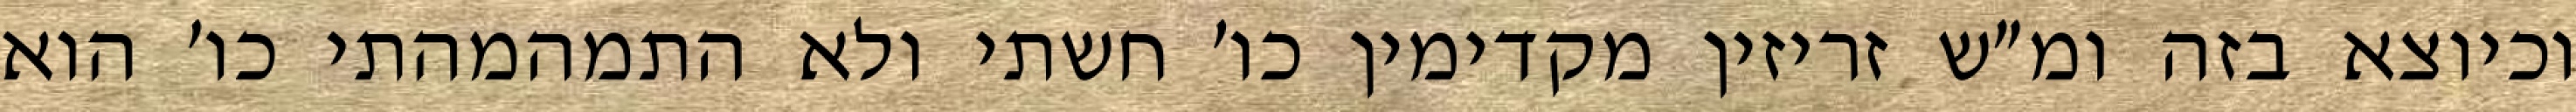
וכיוצא בזה ומ״ש זריזין מקדימין כו׳ חשתי ולא התמהמהתי כו׳ הוא